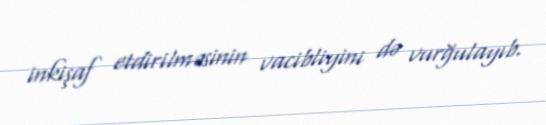
inkişaf etdirilməsinin vacibliyini də vurğulayıb.